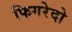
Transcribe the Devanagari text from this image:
फिगरेदो